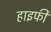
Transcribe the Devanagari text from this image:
हाइफी